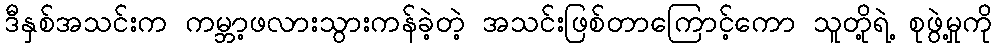
ဒီနှစ်အသင်းက ကမ္ဘာ့ဖလားသွားကန်ခဲ့တဲ့ အသင်းဖြစ်တာကြောင့်ကော သူတို့ရဲ့ စုဖွဲ့မှုကို